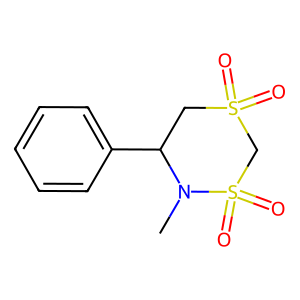
SMILES: CN1C(c2ccccc2)CS(=O)(=O)CS1(=O)=O
Inhibits HIV replication: No